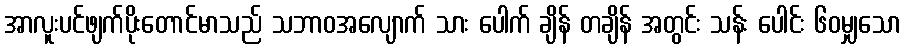
အာလူးပင်ဖျက်ပိုးတောင်မာသည် သဘာဝအလျောက် သား ပေါက် ချိန် တချိန် အတွင်း သန်း ပေါင်း ၆၀မျှသော